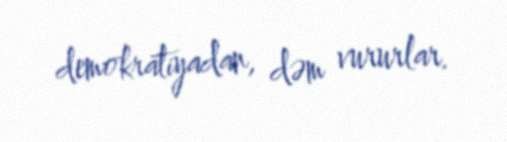
demokratiyadan, dəm vururlar.